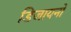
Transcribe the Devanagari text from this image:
डिजायनों